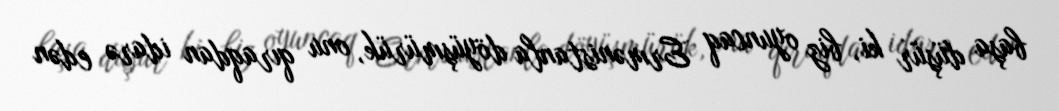
başa düşür ki, biz oyuncaq Ermənistanla döyüşmürük, onu qıraqdan idarə edən